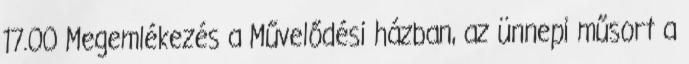
17.00 Megemlékezés a Művelődési házban, az ünnepi műsort a